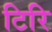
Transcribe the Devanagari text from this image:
टिरि